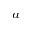
^ { a }